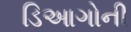
ડિઆગોની